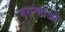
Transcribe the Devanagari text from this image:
मरान्हाओ